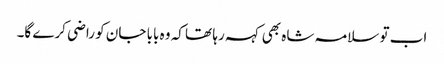
اب تو سلامہ شاہ بھی کہہ رہا تھا کہ وہ بابا جان کو راضی کرے گا۔